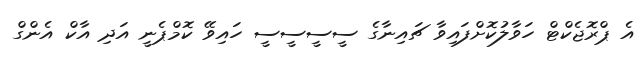
އެ ޕްރޮޖެކްޓް ހަވާލުކޮށްފައިވާ ޗައިނާގެ ސީސީސީސީ ހައިވޭ ކޮމްޕެނީ އަދި އާކް އެންގް